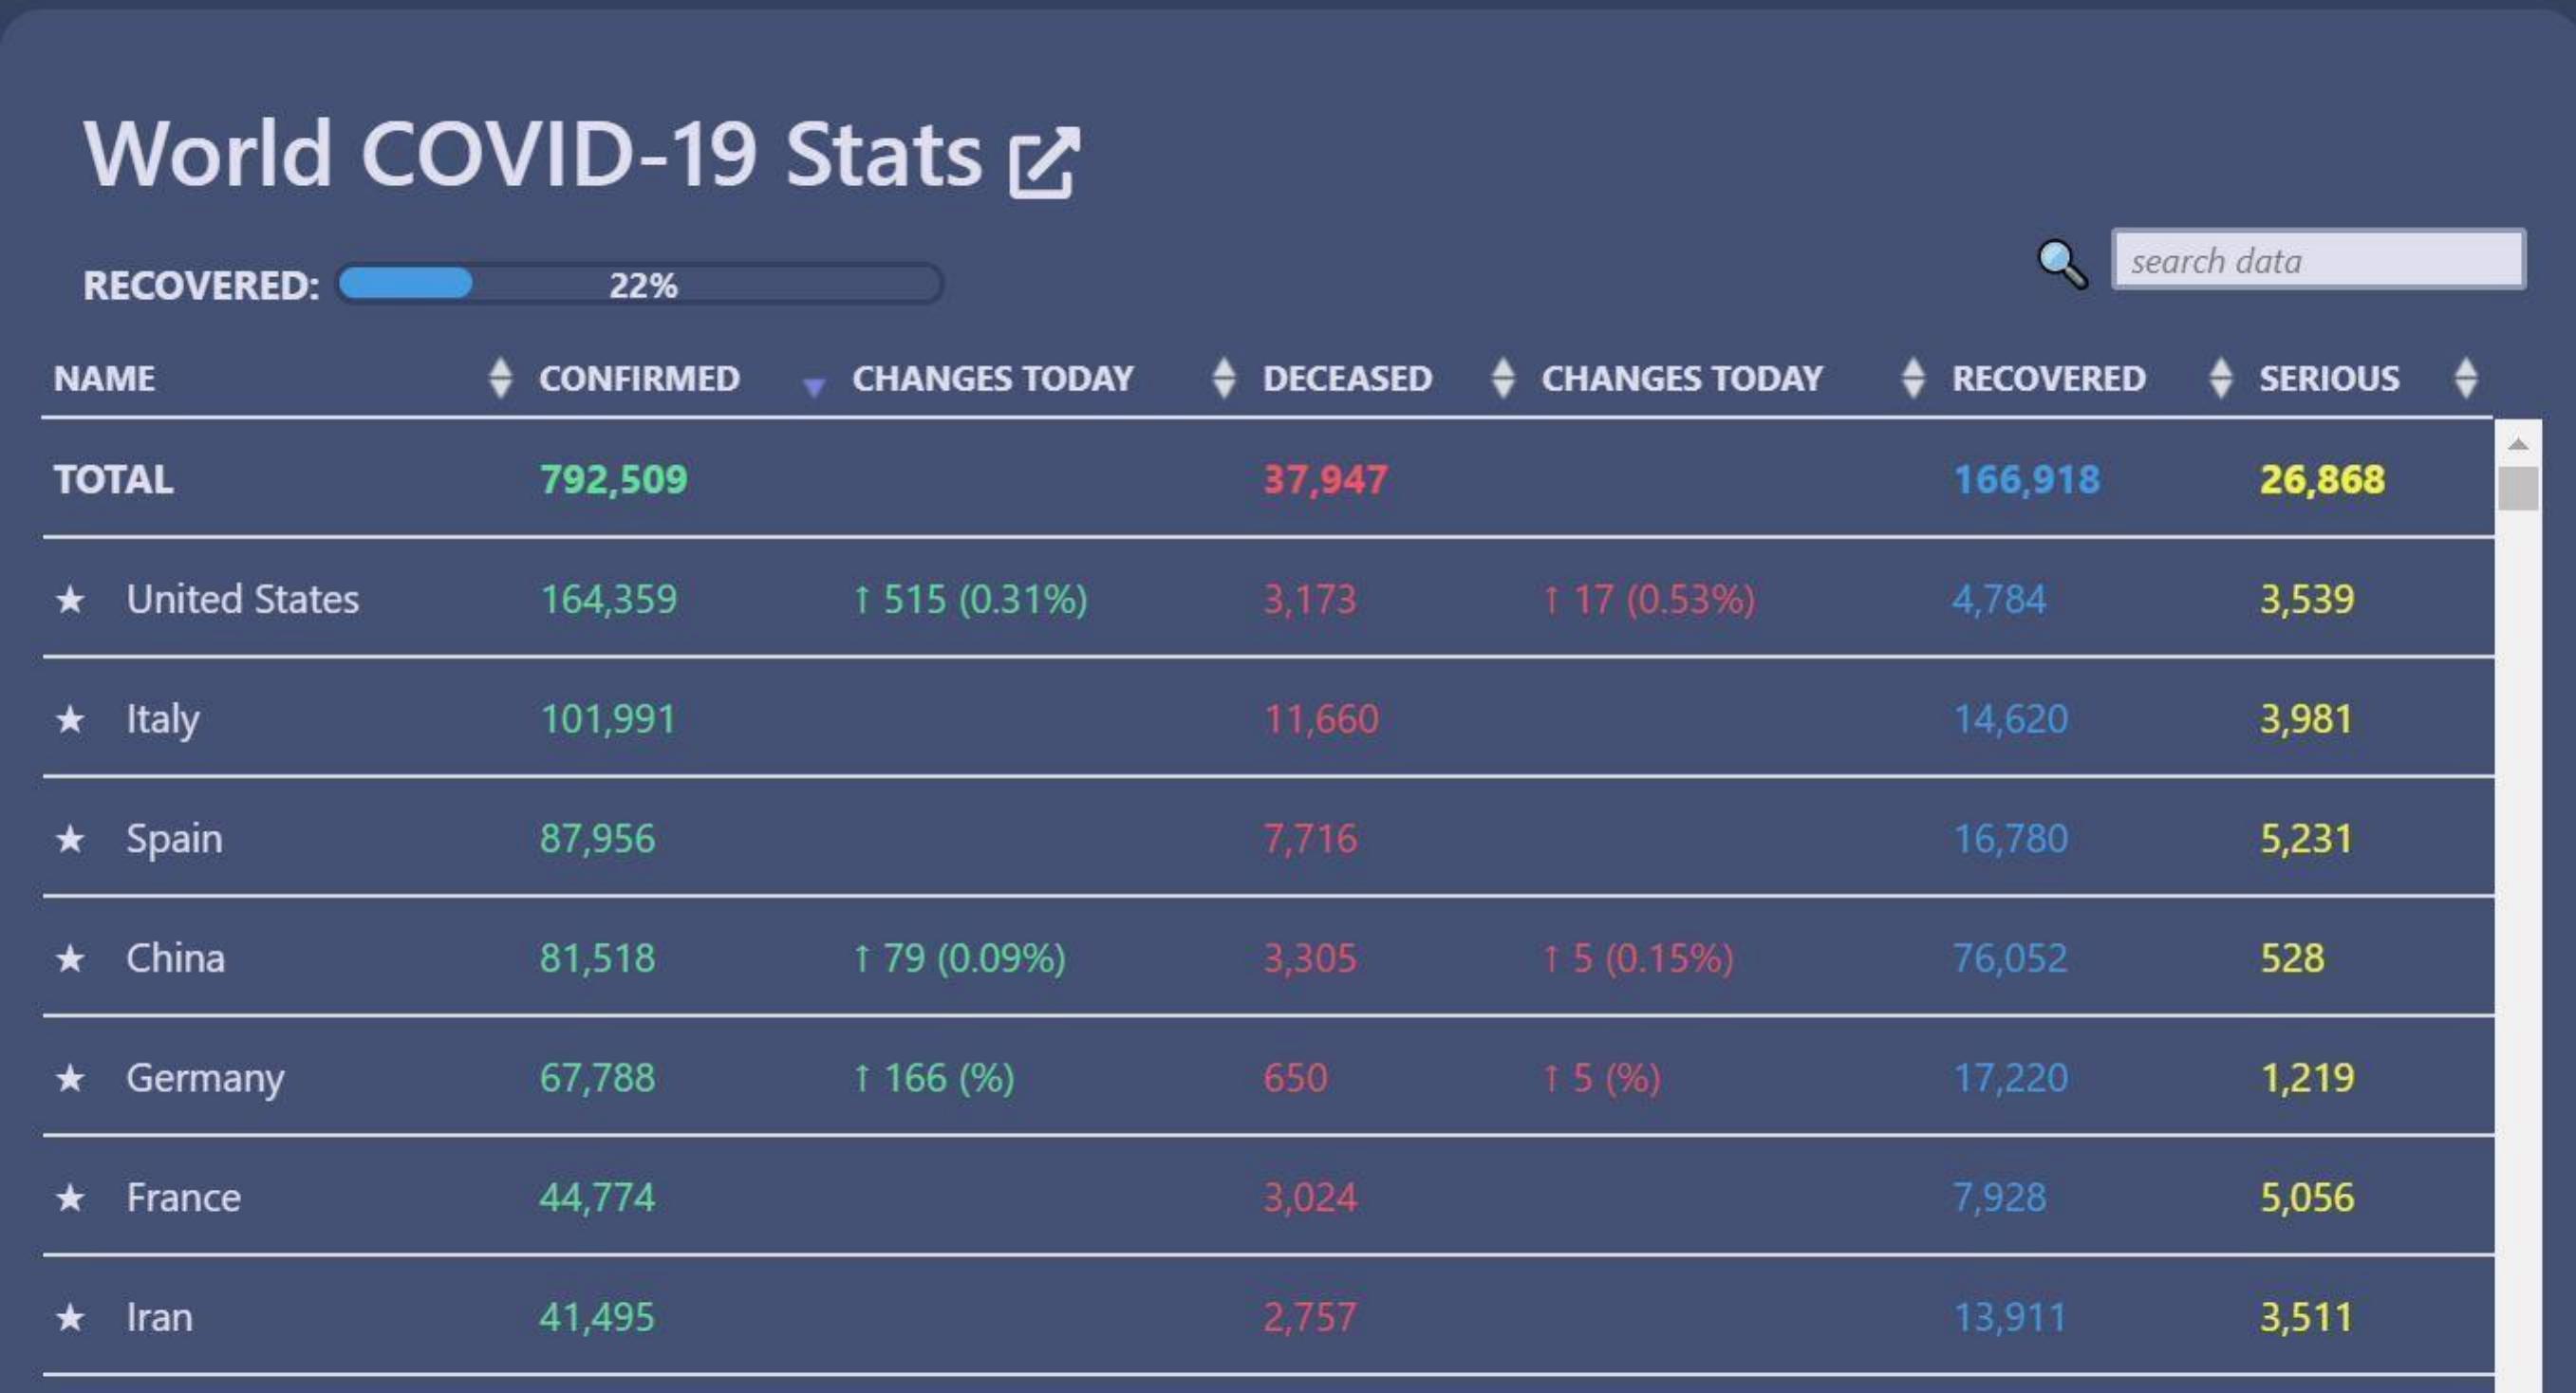
World COVID-19    Stats [
   RECOVERED:   22%
     search data
  NAME    CONFIRMED CHANGES TODAY DECEASED CHANGES TODAY RECOVERED SERIOUS
  TOTAL    792,509    37,947    166,918 26,868
  * United States 164,359 1 515 (0.31%) 3,173 1 17 (0.53%) 4,784 3,539
  * Italy    101,991    11,660    14,620  3,981
  * Spain    87,956    7,716    16,780  5,231
  * China    81,518   1 79 (0.09%) 3,305 1 5 (0.15%) 76,052 528
  * Germany   67,788   1 166 (%) 650    1 5 (%)   17,220  1,219
  * France    44,774    3,024    7,928   5,056
  * Iran    41,495    2,757    13,911  3,511